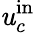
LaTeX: \mathit{u}_{c}^{\mathrm{{in}}}